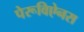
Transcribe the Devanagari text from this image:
पेरूविऐनस